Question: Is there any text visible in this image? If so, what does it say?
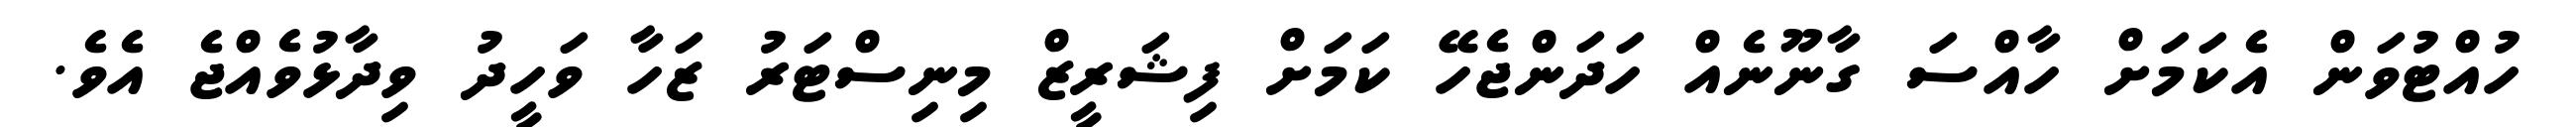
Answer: ހުއްޓުވަން އެކަމަށް ހާއްސަ ގާނޫނެއް ހަދަންޖެހޭ ކަމަށް ފިޝަރީޒް މިނިސްޓަރު ޒަހާ ވަހީދު ވިދާޅުވެއްޖެ އެވެ.